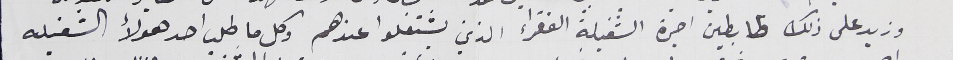
وزيد على ذلك ظابطين اجرة الشغيلة الفقراء الذين يشتغلوا عندهم وكل ما طلب احد هؤلاء الشغيله